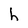
Character: h